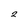
Character: 2